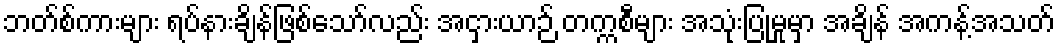
ဘတ်စ်ကားများ ရပ်နားချိန်ဖြစ်သော်လည်း အငှားယာဉ် တက္ကစီများ အသုံးပြုမှုမှာ အချိန် အကန့်အသတ်